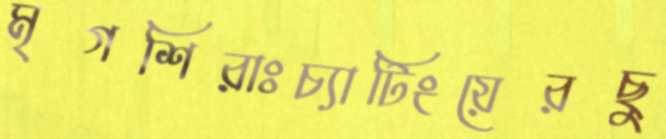
মৃগশিরাঃচ্যাটিংয়েরছু